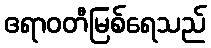
ဧရာဝတီမြစ်ရေသည်